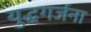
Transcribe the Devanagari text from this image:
युद्धगर्जना